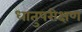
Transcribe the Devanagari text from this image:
धातुपरीक्षण